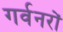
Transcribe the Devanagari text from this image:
गर्वनरों